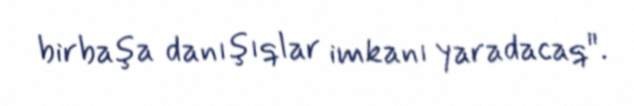
birbaşa danışıqlar imkanı yaradacaq".